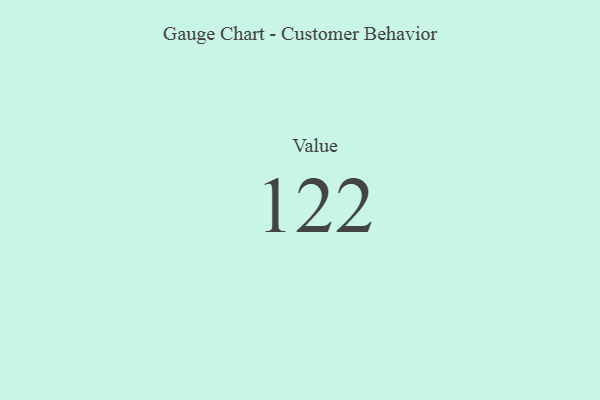
{"axis": {"x": "Metric", "y": "Value"}, "legend": [""], "data": [{"x": "Value", "y": 122, "type": ""}]}